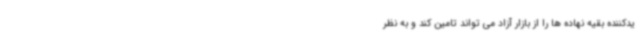
یدکننده بقیه نهاده ها را از بازار آزاد می تواند تامین کند و به نظر